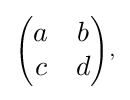
{\textstyle \scriptstyle {\begin{pmatrix}a&b\\c&d\end{pmatrix}},}